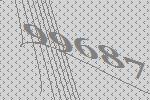
99687